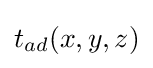
t_{ad}(x,y,z)